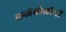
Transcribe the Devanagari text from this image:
कळंबोलीची